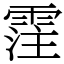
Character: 霔